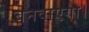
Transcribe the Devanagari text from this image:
बनवाएगा।